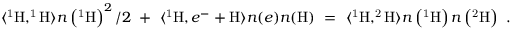
\langle \mathrm { ^ 1 H , ^ { 1 } H } \rangle n \left( \mathrm { ^ 1 H } \right) ^ { 2 } / 2 ~ + ~ \langle \mathrm { ^ 1 H } , e ^ { - } + \mathrm { H } \rangle n ( e ) n ( \mathrm { H } ) ~ = ~ \langle \mathrm { ^ 1 H , ^ { 2 } H } \rangle n \left( \mathrm { ^ 1 H } \right) n \left( \mathrm { ^ 2 H } \right) ~ .